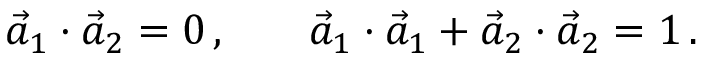
\begin{array} { r l r } { \vec { a } _ { 1 } \cdot \vec { a } _ { 2 } = 0 \, , } & { { } } & { \vec { a } _ { 1 } \cdot \vec { a } _ { 1 } + \vec { a } _ { 2 } \cdot \vec { a } _ { 2 } = 1 \, . } \end{array}